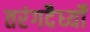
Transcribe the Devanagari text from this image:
तरंगदैर्ध्‍यों